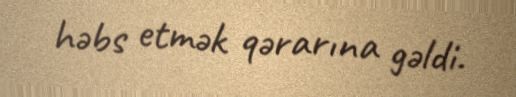
həbs etmək qərarına gəldi.